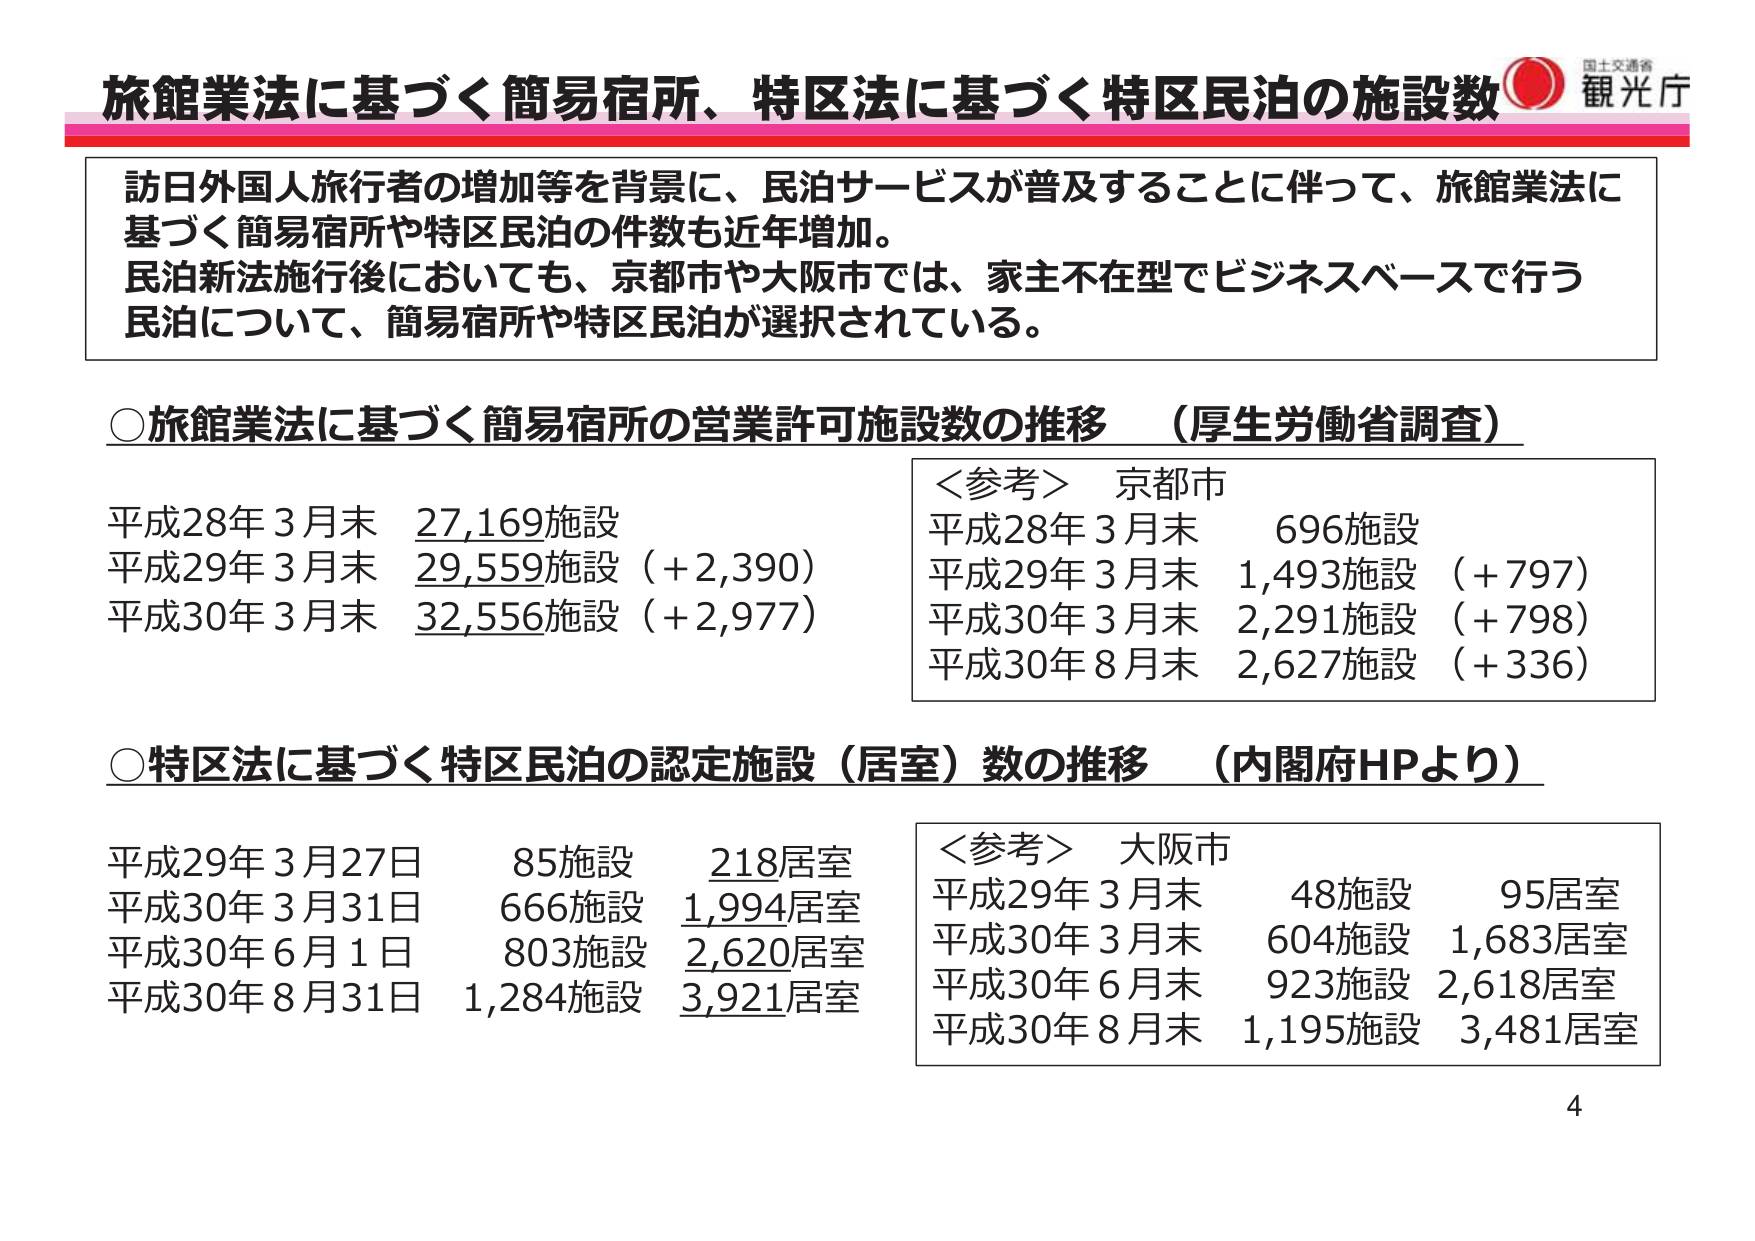
旅館業法に基づく簡易宿所、特区法に基づく特区民泊の施設数
国土交通省
観光庁

訪日外国人旅行者の増加等を背景に、民泊サービスが普及することに伴って、旅館業法に基づく簡易宿所や特区民泊の件数も近年増加。
民泊新法施行後においても、京都市や大阪市では、家主不在型でビジネスベースで行う民泊について、簡易宿所や特区民泊が選択されている。

○旅館業法に基づく簡易宿所の営業許可施設数の推移 （厚生労働省調査）
平成28年3月末 27,169施設
平成29年3月末 29,559施設（+2,390）
平成30年3月末 32,556施設（+2,977）

＜参考＞ 京都市
平成28年3月末 696施設
平成29年3月末 1,493施設（+797）
平成30年3月末 2,291施設（+798）
平成30年8月末 2,627施設（+336）

○特区法に基づく特区民泊の認定施設（居室）数の推移 （内閣府HPより）
平成29年3月27日 85施設 218居室
平成30年3月31日 666施設 1,994居室
平成30年6月1日 803施設 2,620居室
平成30年8月31日 1,284施設 3,921居室

＜参考＞ 大阪市
平成29年3月末 48施設 95居室
平成30年3月末 604施設 1,683居室
平成30年6月末 923施設 2,618居室
平成30年8月末 1,195施設 3,481居室

4